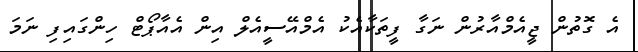
އެ ގޮތުން ޖީއެމްއާރުން ނަގާ ފީތަކާއެކު އެމްއޭސީއެލް އިން އެއާޕޯޓް ހިންގައިފި ނަމަ